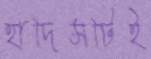
হাদিসটিই